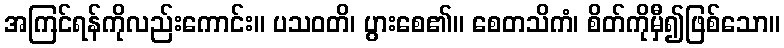
အကြင်ရန်ကိုလည်းကောင်း။ ပသဝတိ၊ ပွားစေ၏။ စေတသိကံ၊ စိတ်ကိုမှီ၍ဖြစ်သော။